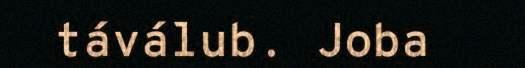
táválub. Joba